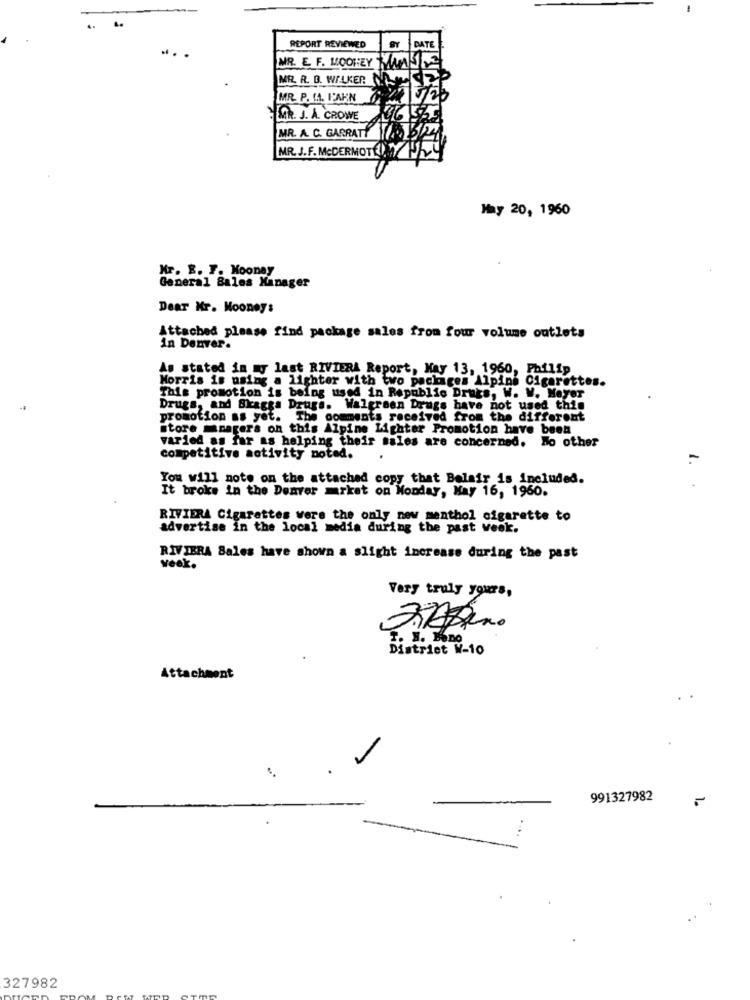
..
REPORT REVIEWED
DATE
MR. E. F. MOONEY TAM
MR. R. D. WALKER N.
MR. P. MA. FAHN
MR. J. A. CROWE
96 56
MR. A. C. GARRATT
3/24
MR.J.F. MCDERMOT:1/11/2
May 20, 1960
Mr. R. F. Mooney
General Sales Manager
Dear Mr. Mooney:
Attached please find package sales from four volume outlets
in Denver.
As stated in my last RIVIERA Report, May 13, 1960, Philip
Morris is using a lighter with two packages Alpins Cigarettes.
This promotion is being used in Republic Drugs, W. W. Meyer
Drugs, and Skaggs Drugs. Walgreen Drugs have not used this
promotion as yet. The comments received from the different
store _nagers on this Alpine Lighter Promotion have been
varied as far as helping their sales are concerned, No other
competitive activity noted.
You will note on the attached copy that Belair is included.
It broke in the Denver mrkat on Monday, May 16, 1960.
RIVIERA Cigarettes were the only new menthol cigarette to
advertise in the local media during the past week.
RIVIERA Sales have shown a slight increase during the past
veek.
Very truly yours,
District W-10
Attachment
991327982
327982